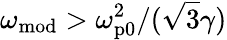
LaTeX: \omega_{\mathrm{mod}}>\omega_{\mathrm{p0}}^{2}/(\sqrt{3}\gamma)